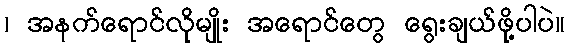
၊ အနက်ရောင်လိုမျိုး အရောင်တွေ ရွေးချယ်ဖို့ပါပဲ။